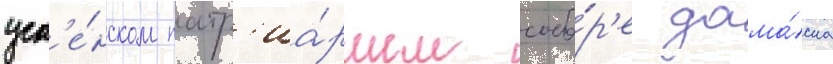
усп'е́нском патр'иа́ршем собо́р'е дама́ска